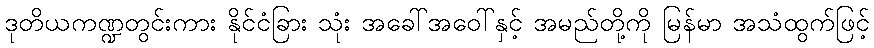
ဒုတိယကဏ္ဍတွင်းကား နိုင်ငံခြား သုံး အခေါ်အဝေါ်နှင့် အမည်တို့ကို မြန်မာ အသံထွက်ဖြင့်